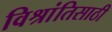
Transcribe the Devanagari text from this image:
विश्रांतिसाठी